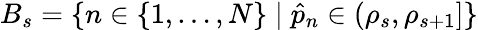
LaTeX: B_{s}=\{ n\in\{ 1,\dots,N\} \mid\hat{p}_{n}\in(\rho_{s},\rho_{s+1}]\}